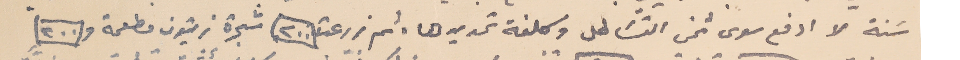
سَنة لا ادفع سوى ثمن القسَاطل وكلفة تمديدها . ثم زرعت ٢٠٠ شجرة زيتون مطعمة و ٢٠٠